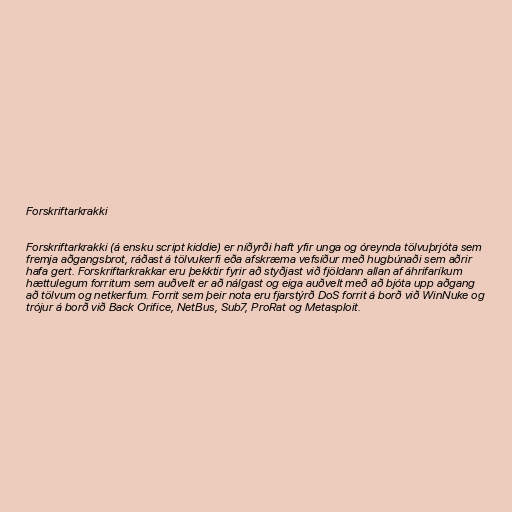
Forskriftarkrakki

Forskriftarkrakki (á ensku script kiddie) er níðyrði haft yfir unga og óreynda tölvuþrjóta sem
fremja aðgangsbrot, ráðast á tölvukerfi eða afskræma vefsíður með hugbúnaði sem aðrir
hafa gert. Forskriftarkrakkar eru þekktir fyrir að styðjast við fjöldann allan af áhrifaríkum
hættulegum forritum sem auðvelt er að nálgast og eiga auðvelt með að bjóta upp aðgang
að tölvum og netkerfum. Forrit sem þeir nota eru fjarstýrð DoS forrit á borð við WinNuke og
trójur á borð við Back Orifice, NetBus, Sub7, ProRat og Metasploit.